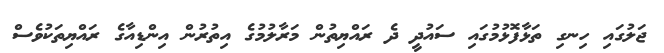
ޖަލުގައި ހިނގި ތަޅާފޮޅުމުގައި ސައުދީ ދެ ރައްޔިތުން މަރާލުމުގެ އިތުރުން އިންޑިއާގެ ރައްޔިތަކުވެސް